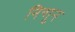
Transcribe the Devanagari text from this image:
निन्गुन